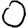
Digit: 0